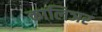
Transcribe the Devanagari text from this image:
कालिञर